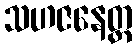
သဟဇနေတ္တ